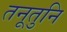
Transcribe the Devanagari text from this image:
तनूतुनि